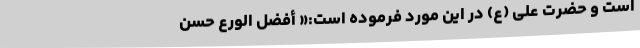
است و حضرت علی (ع) در این مورد فرموده است:« أَفضَلُ الوَرَعِ حُسنُ